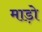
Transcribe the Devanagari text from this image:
माड़ो